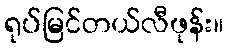
ရုပ်မြင်တယ်လီဖုန်း။